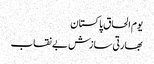
یوم الحاق پاکستان
بھارتی سازش بے نقاب